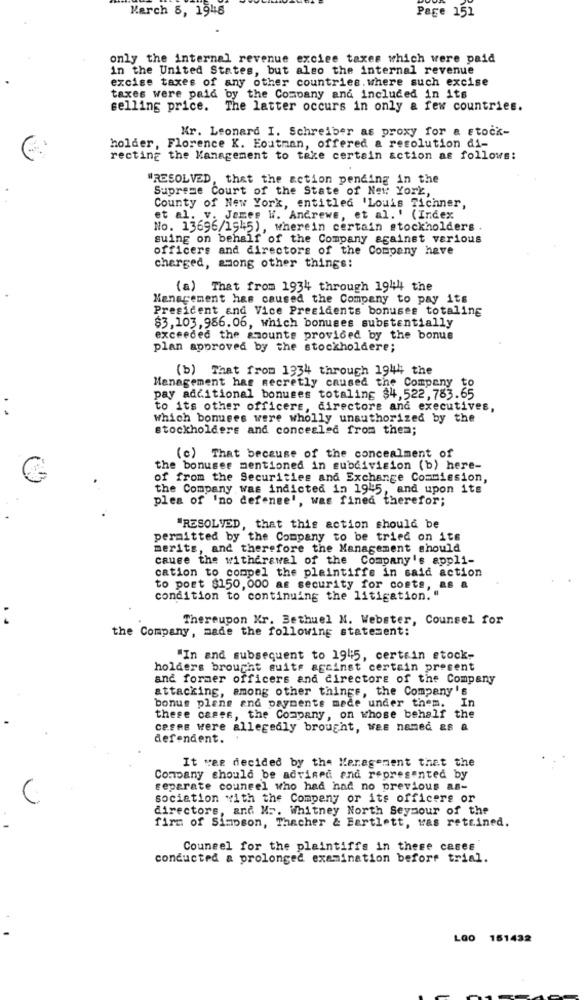
Karch 8, 1948
Page 151
only the internal revenue exciee taxes which were paid
in the United States, but also the internal revenue
excise taxes of any other countries where such excise
taxes were paid by the Company and included in its
selling price. The latter occurs in only a few countries.
Kr. Leonard I. Schreiber as proxy for a stock-
holder, Florence K. Eoutman, offered a resolution di-
recting the Management to take certain action as follows:
RESOLVED, that the action pending in the
Supreme Court of the State of New York,
County of New York, entitled 'Louis Tichner,
et al. v. James W. Andrews, et al.' (Index
No. 13696/1945) , wherein certain stockholders .
suing on behalf of the Company against various
officers and directors of the Company have
charged, among other things:
(a) That from 1934 through 1944 the
Management has caused the Company to pay its
President and Vice Presidents bonuses totaling
$3,103,956.06, which bonuses substantially
exceeded the amounts provided by the bonus
plan approved by the stockholdere;
(b) That from 1334 through 1944 the
Management has secretly caused the Company to
pay additional bonuses totaling $4,522, 783.65
.
to its other officers, directore and executives,
which bonuses were wholly unauthorized by the
stockholders and concealed from them;
(c) That because of the concealment of
the bonuser mentioned in subdivision (b) here-
of from the Securities and Exchange Commission,
the Company was indicted in 1945, and upon its
plea of 'no defense', was fined therefor;
"RESOLVED, that this action should be
permitted by the Company to be tried on its
merits, and therefore the Management should
cause the withdrawal of the Company's appli-
cation to compel the plaintiffe in said action
to post $150, 000 as security for costs, as a
condition to continuing the litigation."
:
Thereupon Kr. Bethuel N. Webster, Counsel for
the Company, made the following statement:
"In and subsequent to 19 :5, certain stock-
holders brought suite against certain present
and former officers and directors of the Company
attacking, among other things, the Company's
In
bonus plans and payments mede under them.
these cases, the Company, on whose behalf the
ceses were allegedly brought, Was named as a
defondent.
It was decided by the Menagement that the
Company should be advised and represented by
separate counsel who had had no previous as-
sociation with the Company or its officers or
directors, and M .. Whitney North Seymour of the
firm of Simpson, Thacher & Bartlett, was rettined.
Counsel for the plaintiffs in these cases
conducted a prolonged examination before trial.
LOO 161432